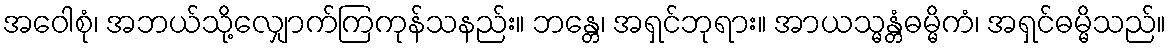
အဝေါစုံ၊ အဘယ်သို့လျှောက်ကြကုန်သနည်း။ ဘန္တေ၊ အရှင်ဘုရား။ အာယသ္မန္တံဓမ္မိကံ၊ အရှင်ဓမ္မိသည်။